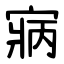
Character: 寎